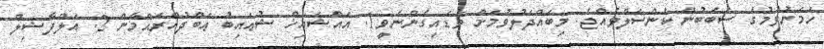
ހަމަނުވުމުގެ ސަބަބުން ކެންސަލްވެއްޖެ. މިބައްދަލުވުމަށް ވަޑައިގެންނެވީ1. އައްޝައިޚް ޝުޢައިބު ޢަބްދުއްރަޙްމާން 2. އަލްފާޟިލް